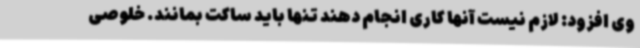
وی افزود: لازم نیست آنها کاری انجام دهند تنها باید ساکت بمانند. خلوصی